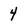
Character: 4